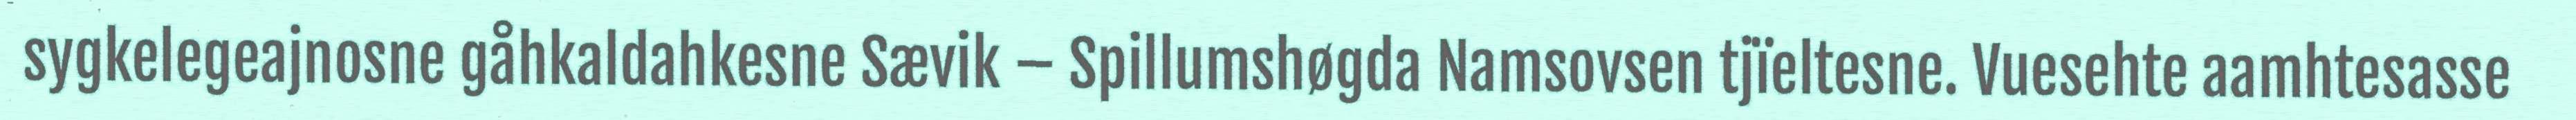
sygkelegeajnosne gåhkaldahkesne Sævik – Spillumshøgda Namsovsen tjïeltesne. Vuesehte aamhtesasse